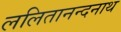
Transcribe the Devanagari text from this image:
ललितानन्दनाथ